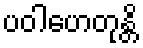
ပဝါဟေတုန္တိ